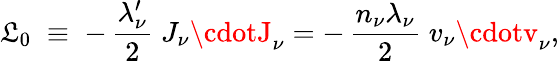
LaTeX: {\cal\mathfrak{L}}_{0}\; \equiv\; -\, \frac{{\lambda_{\nu}^{\prime}}}{{2}}\; J_{\nu}\cdotJ_{\nu}=-\, \frac{{n_{\nu}\lambda_{\nu}}}{{2}}\; v_{\nu}\cdotv_{\nu},